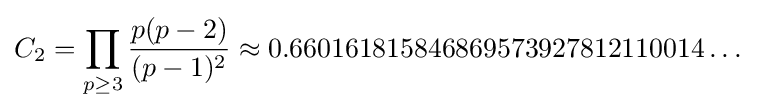
C_{2}=\prod _{p\geq 3}{\frac {p(p-2)}{(p-1)^{2}}}\approx 0.660161815846869573927812110014\dots